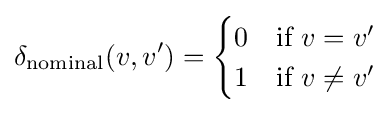
\delta _{\text{nominal}}(v,v')={\begin{cases}0&{\text{if }}v=v'\\1&{\text{if }}v\neq v'\end{cases}}